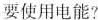
要使用电能?